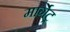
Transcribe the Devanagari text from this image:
मार्गेट्र